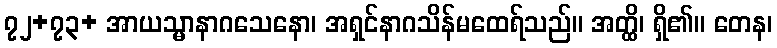
၇၂+၇၃+ အာယသ္မာနာဂသေနော၊ အရှင်နာဂသိန်မထေရ်သည်။ အတ္ထိ၊ ရှိ၏။ တေန၊